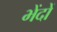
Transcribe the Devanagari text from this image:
भेंदों